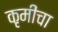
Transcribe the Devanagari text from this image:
कृमींचा